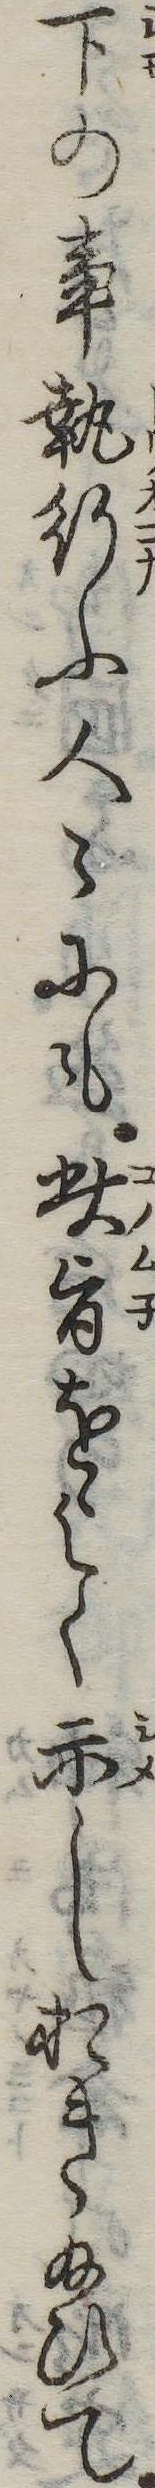
下の事執行ふ人にも此旨をよく示しおき給ひて